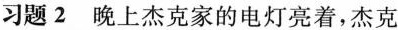
习题2 晚上杰克家的电灯亮着，杰克